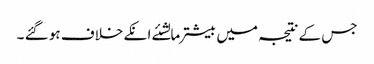
جس کے نتیجہ میں بیشترمالشئے انکے خلاف ہو گئے ۔